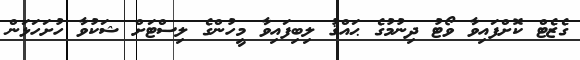
ގެޒެޓް ކޮށްފައިވާ ވޯޓު ދިނުމުގެ ޙައްޤު ލިބިފައިވާ މީހުންގެ ލިސްޓަށް ޝަކުވާ ހުށަހަޅަން